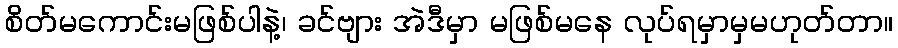
စိတ်မကောင်းမဖြစ်ပါနဲ့၊ ခင်ဗျား အဲဒီမှာ မဖြစ်မနေ လုပ်ရမှာမှမဟုတ်တာ။